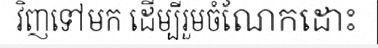
វិញទៅមក ដើម្បីរួមចំណែកដោះ